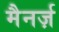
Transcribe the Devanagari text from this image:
मैनर्ज़